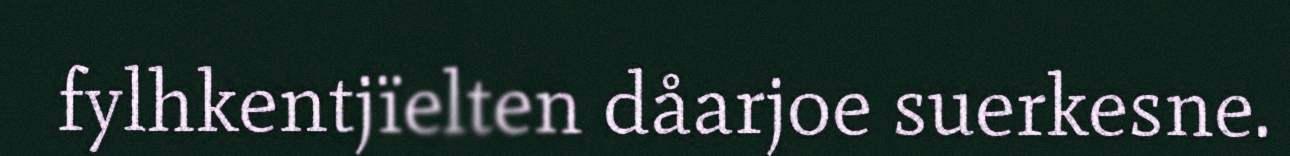
fylhkentjïelten dåarjoe suerkesne.